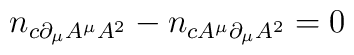
n_{c \partial_\mu A^\mu A^2} - n_{c A^\mu \partial_\mu A^2}=0